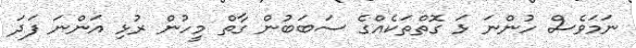
ނަމަވެސް ހުންނަ ޅަ ގޮތްތަކެއްގެ ސަބަބުން ގާތް މީހުން ރުޅި އަންނަ ފަދަ